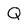
Character: Q